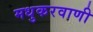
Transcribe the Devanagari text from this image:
मधुकरवाणी